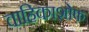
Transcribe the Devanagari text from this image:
वाहिकाशोफ़